Report of the King Institute of Preventive Medicine, Guindy
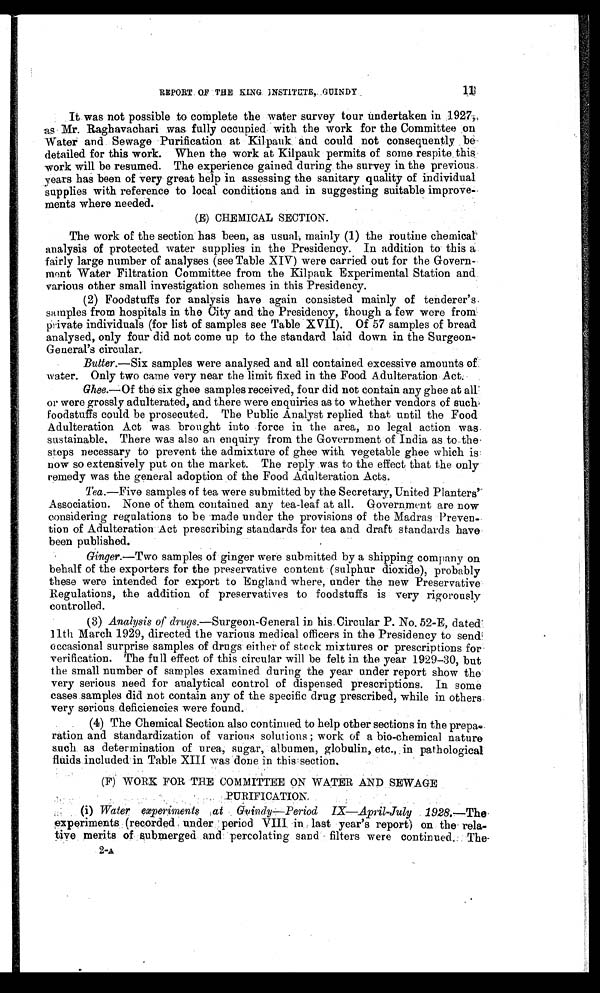
REPORT OF THE KING INSTITUTE, GUINDY 11
It was not possible to complete the water survey t o ur undertaken in 1927,
as Mr. Raghavachari was fully occupied with the work for the Committee on
Water and Sewage Purification at Kilpauk and could not consequently be
detailed for this work. When the work at Kilpauk permits of some respite this
work will be resumed. The experience gained during the survey in the previous
years has been of very great help in assessing the sanitary quality of individual
supplies with reference to local conditions and in suggesting suitable improve-
ments where needed.
(E) CHEMICAL SECTION.
The work of the section has been, as usual, mainly (1) the routine chemical
analysis of protected water supplies in the Presidency. In addition to this a
fairly large number of analyses (see Table XIV) were carried out for the Govern
-ment Water Filtration Committee from the Kilpauk Experimental Station and
various other small investigation schemes in this Presidency.
(2) Foodstuffs for analysis have again consisted mainly of tenderer's
samples from hospitals in the City and the Presidency, though a few were from
private individuals (for list of samples see Table XVII). Of 57 samples of bread
analysed, only four did not come up to the standard laid down in the Surgeon
-General's circular.
Butter.—Six samples were analysed and all contained excessive amounts of
water. Only two came very near the limit fixed in the Food Adulteration Act.
Ghee.—Of the six ghee samples received, four did not contain any ghee at all
or were grossly adulterated, and there were enquiries as to whether vendors of such,
foodstuffs could be prosecuted. The Public Analyst replied that until the Food
Adulteration Act was brought into force in the area, no legal action was
sustainable, There was also an enquiry from the Government of India as to the
steps necessary to prevent the admixture of ghee with vegetable ghee which is
now so extensively put on the market. The reply was to the effect that the only
remedy was the general adoption of the Food Adulteration Acts.
Tea .—Five samples of tea were submitted by the Secretary, United Planters'
Association. None of them contained any tea-leaf at all. Government are now
considering regulations to be made under the provisions of the Madras Preven-
tion of Adulteration Act prescribing standards for tea and draft standards have
been published.
Ginger.—Two samples of ginger were submitted by a shipping company on
behalf of the exporters for the preservative content (sulphur dioxide), probably
these were intended for export to England where, under the new Preservative
Regulations, the addition of preservatives to foodstuffs is very rigorously
controlled.
(3) Analysis of drugs.—Surgeon-General in his Circular P. No. 52-E, dated
11th March 1929, directed the various medical officers in the Presidency to send
occasional surprise samples of drugs either of stock mixtures or prescriptions for
verification. The full effect of this circular will be felt in the year 1929-30, but
the small number of samples examined during the year under report show the
very serious need for analytical control of dispensed prescriptions. In some
cases samples did not contain any of the specific drug prescribed, while in others
very serious, deficiencies were found.
(4) The Chemical Section also continued to help other sections in the prepa-
ration and standardization of various solutions ; work of a bio-chemical nature
such as determination of urea, sugar, albumen, globulin, etc., in pathological
fluids included in Table XIII was done in this. section.
(F) WORK FOR THE COMMITTEE ON WATER AND SEWAGE
PURIFICATION.
(i) Water experiments at Guindy—Period IX—April-July 1928.—The
experiments (recorded under period VIII in last year's report) on the rela
- t i v e m e r i t s o f s u b m e r g e d a n d p e r c o l a t i n g s a n dfilters were continued. The
2-A